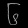
Digit: ၆